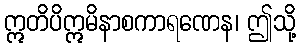
ဣတိပိဣမိနာစကာရဏေန၊ ဤသို့